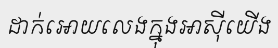
ដាក់អោយលេងក្នុងអាស៊ីយើង